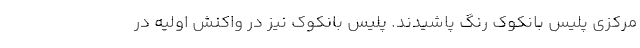
مرکزی پلیس بانکوک رنگ پاشیدند. پلیس بانکوک نیز در واکنش اولیه در